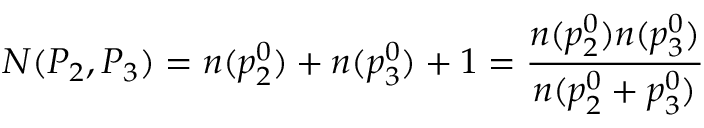
N ( P _ { 2 } , P _ { 3 } ) = n ( p _ { 2 } ^ { 0 } ) + n ( p _ { 3 } ^ { 0 } ) + 1 = { \frac { n ( p _ { 2 } ^ { 0 } ) n ( p _ { 3 } ^ { 0 } ) } { n ( p _ { 2 } ^ { 0 } + p _ { 3 } ^ { 0 } ) } }